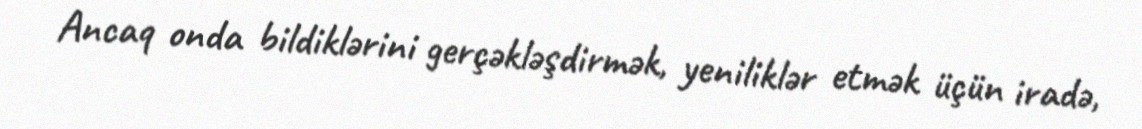
Ancaq onda bildiklərini gerçəkləşdirmək, yeniliklər etmək üçün iradə,